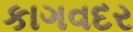
કાગવદર